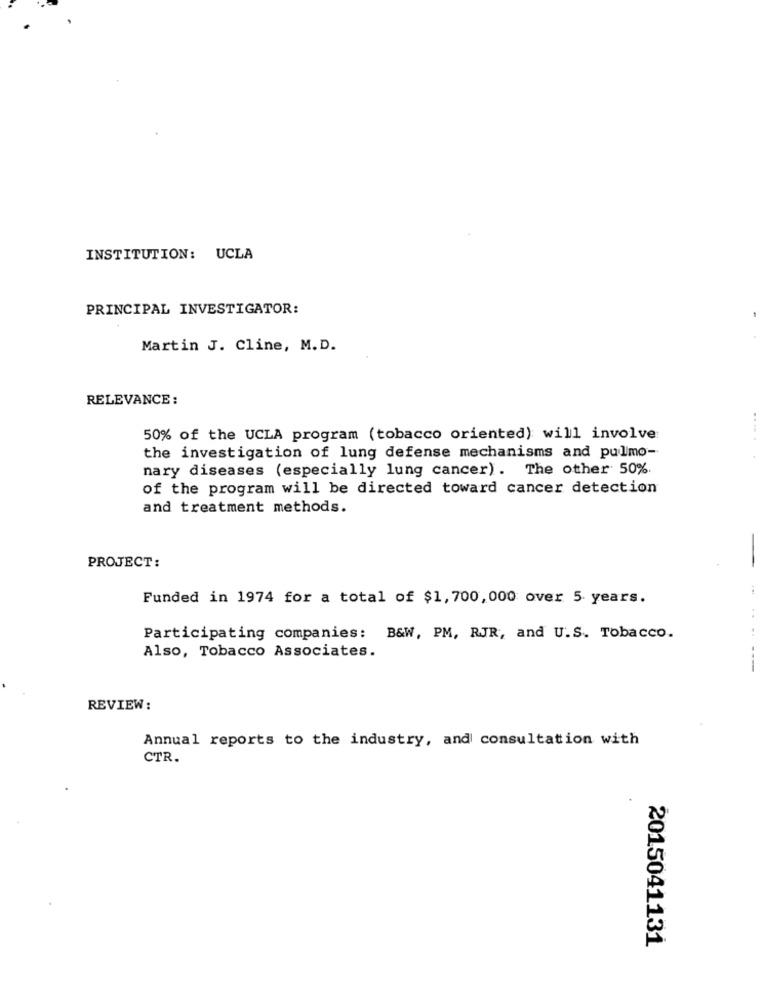
INSTITUTION: UCLA
PRINCIPAL INVESTIGATOR:
Martin J. Cline, M.D.
RELEVANCE :
50% of the UCLA program (tobacco oriented) will involve
the investigation of lung defense mechanisms and pullmo-
nary diseases (especially lung cancer). The other 50%
of the program will be directed toward cancer detection
and treatment methods.
PROJECT:
Funded in 1974 for a total of $1, 700, 000 over 5 years.
..
Participating companies: B&W, PM, RJR, and U.S. Tobacco.
Also, Tobacco Associates.
----
REVIEW:
Annual reports to the industry, and consultation with
CTR.
2015041131